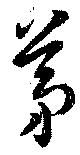
茅